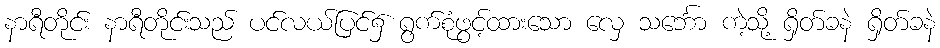
နာရီတိုင်း နာရီတိုင်းသည် ပင်လယ်ပြင်၌ ရွက်စုံဖွင့်ထားသော လှေ သင်္ဘော ကဲ့သို့ ရှိတ်ခနဲ ရှိတ်ခနဲ